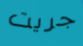
جريت